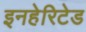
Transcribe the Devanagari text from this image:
इनहेरिटेड